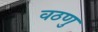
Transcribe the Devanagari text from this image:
वठणु